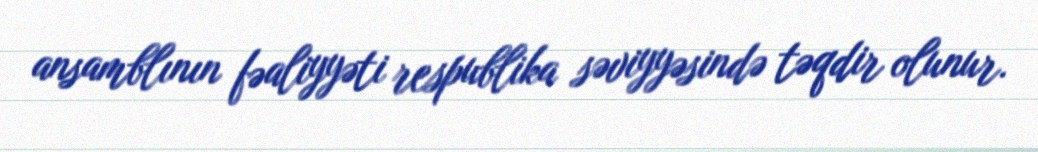
ansamblının fəaliyyəti respublika səviyyəsində təqdir olunur.